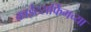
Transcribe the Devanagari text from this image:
काईटसर्फिंगच्या